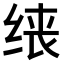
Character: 𫄪